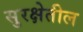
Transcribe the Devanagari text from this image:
सुरक्षेतील